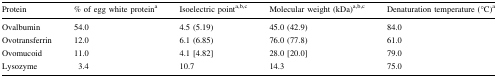
<table><thead><tr><td><b>Protein</b></td><td><b>% of egg white protein<sup>a</sup></b></td><td><b>Isoelectric point<sup>a,b,c</sup></b></td><td><b>Molecular weight (kDa)<sup>a,b,c</sup></b></td><td><b>Denaturation temperature (°C)<sup>a</sup></b></td></tr></thead><tbody><tr><td>Ovalbumin</td><td>54.0</td><td>4.5 (5.19)</td><td>45.0 (42.9)</td><td>84.0</td></tr><tr><td>Ovotransferrin</td><td>12.0</td><td>6.1 (6.85)</td><td>76.0 (77.8)</td><td>61.0</td></tr><tr><td>Ovomucoid</td><td>11.0</td><td>4.1 [4.82]</td><td>28.0 [20.0]</td><td>79.0</td></tr><tr><td>Lysozyme</td><td>3.4</td><td>10.7</td><td>14.3</td><td>75.0</td></tr></tbody></table>